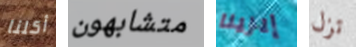
أكلنا متشابهون إيرينا تزل